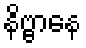
နိဗ္ဗာနေ